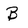
Character: B